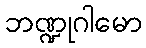
ဘဏ္ဍုဂါမော